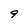
Character: 9